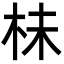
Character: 㭑